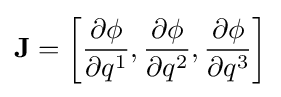
\mathbf {J} =\left[{\frac {\partial \phi }{\partial q^{1}}},{\frac {\partial \phi }{\partial q^{2}}},{\frac {\partial \phi }{\partial q^{3}}}\right]